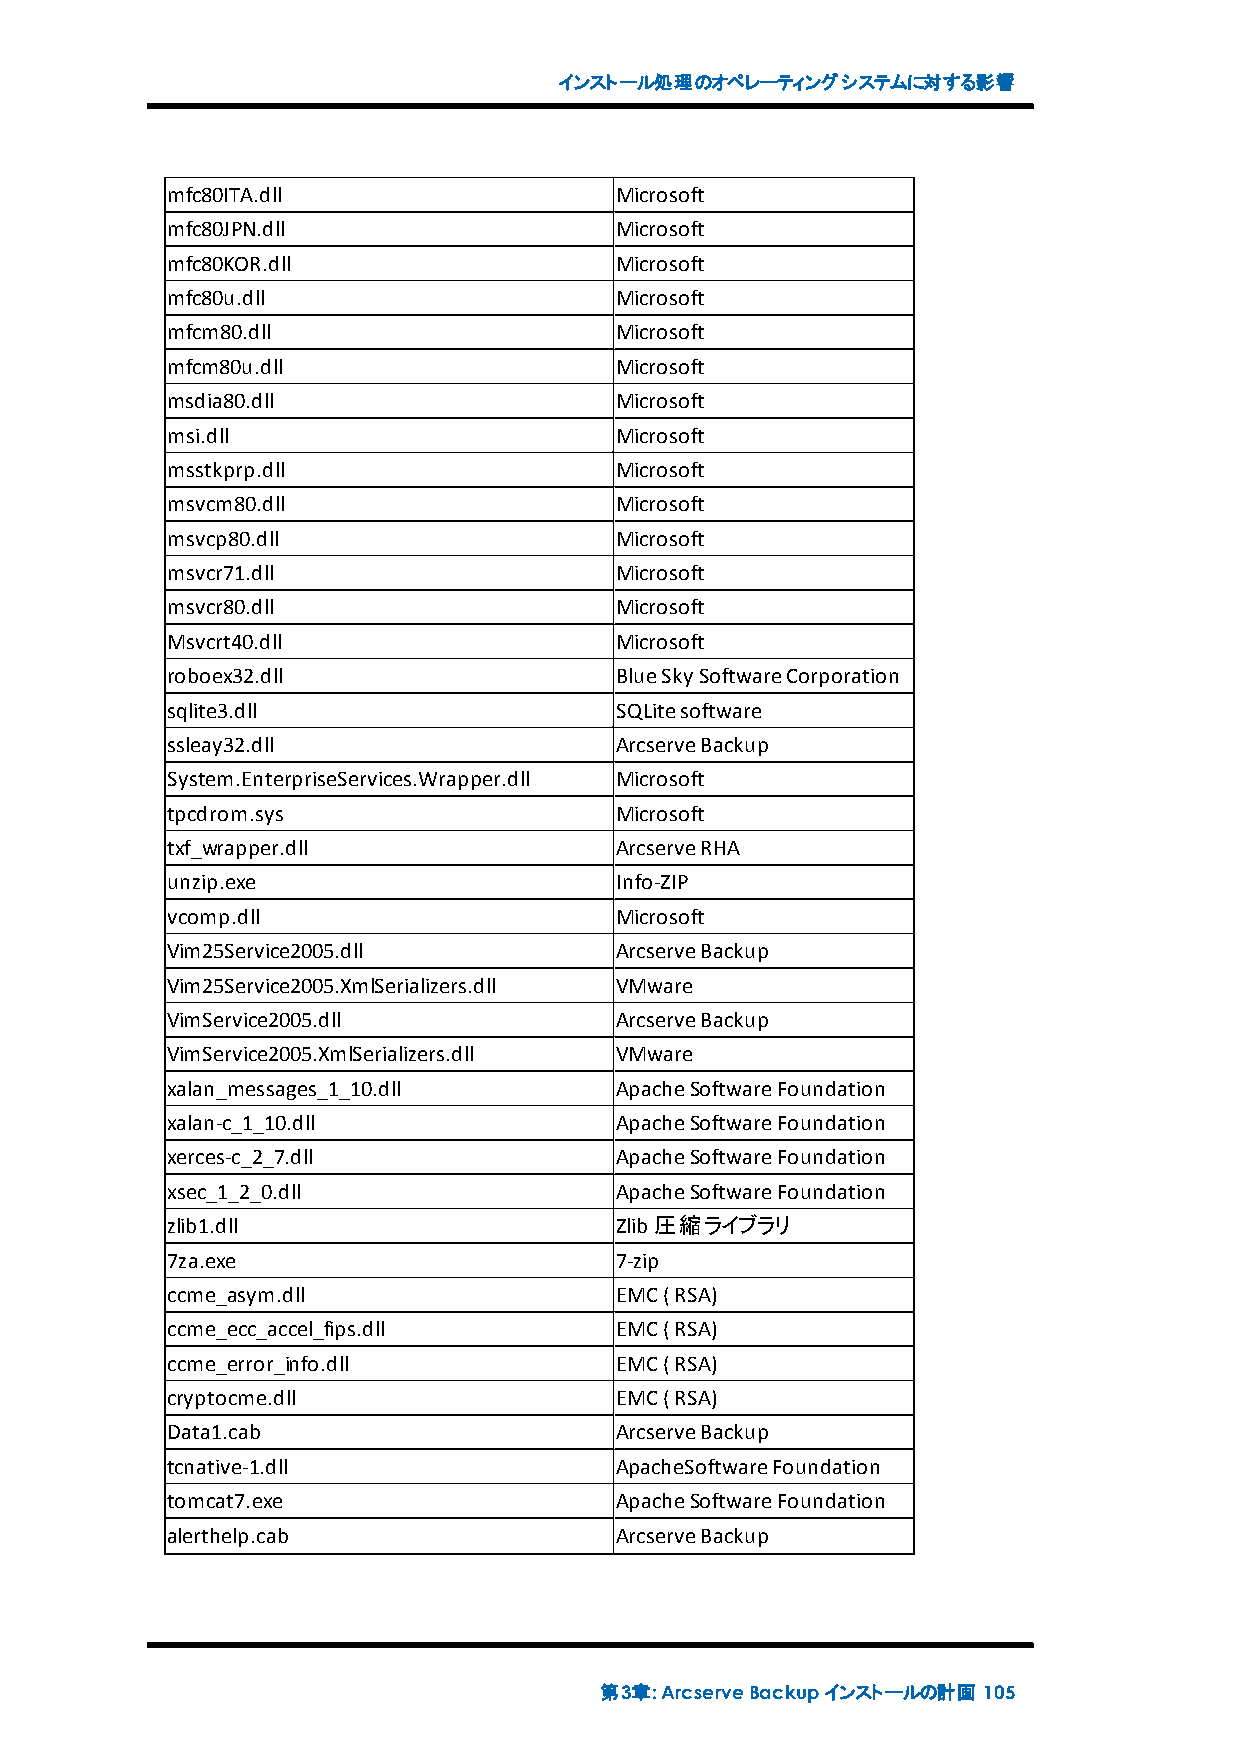
インストール処理のオペレーティングシステムに対する影響
 mfc80ITA.dll                  Microsoft
 mfc80JPN.dll                  Microsoft
 mfc80KOR.dll                  Microsoft
 mfc80u.dll                    Microsoft
 mfcm80.dll                    Microsoft
 mfcm80u.dll                   Microsoft
 msdia80.dll                   Microsoft
 msi.dll                       Microsoft
 msstkprp.dll                  Microsoft
 msvcm80.dll                   Microsoft
 msvcp80.dll                   Microsoft
 msvcr71.dll                   Microsoft
 msvcr80.dll                   Microsoft
 Msvcrt40.dll                  Microsoft
 roboex32.dll                  BlueSkySoftwareCorporation
 sqlite3.dll                   SQLitesoftware
 ssleay32.dll                  ArcserveBackup
 System.EnterpriseServices.Wrapper.dll Microsoft
 tpcdrom.sys                   Microsoft
 txf_wrapper.dll               ArcserveRHA
 unzip.exe                     Info-ZIP
 vcomp.dll                     Microsoft
 Vim25Service2005.dll          ArcserveBackup
 Vim25Service2005.XmlSerializers.dll VMware
 VimService2005.dll            ArcserveBackup
 VimService2005.XmlSerializers.dll VMware
 xalan_messages_1_10.dll       ApacheSoftwareFoundation
 xalan-c_1_10.dll              ApacheSoftwareFoundation
 xerces-c_2_7.dll              ApacheSoftwareFoundation
 xsec_1_2_0.dll                ApacheSoftwareFoundation
 zlib1.dll                     Zlib圧縮ライブラリ
 7za.exe                       7-zip
 ccme_asym.dll                 EMC(RSA)
 ccme_ecc_accel_fips.dll       EMC(RSA)
 ccme_error_info.dll           EMC(RSA)
 cryptocme.dll                 EMC(RSA)
 Data1.cab                     ArcserveBackup
 tcnative-1.dll                ApacheSoftwareFoundation
 tomcat7.exe                   ApacheSoftwareFoundation
 alerthelp.cab                 ArcserveBackup
 第3章:ArcserveBackupインストールの計画 105